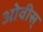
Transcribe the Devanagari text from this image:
ओवीस्